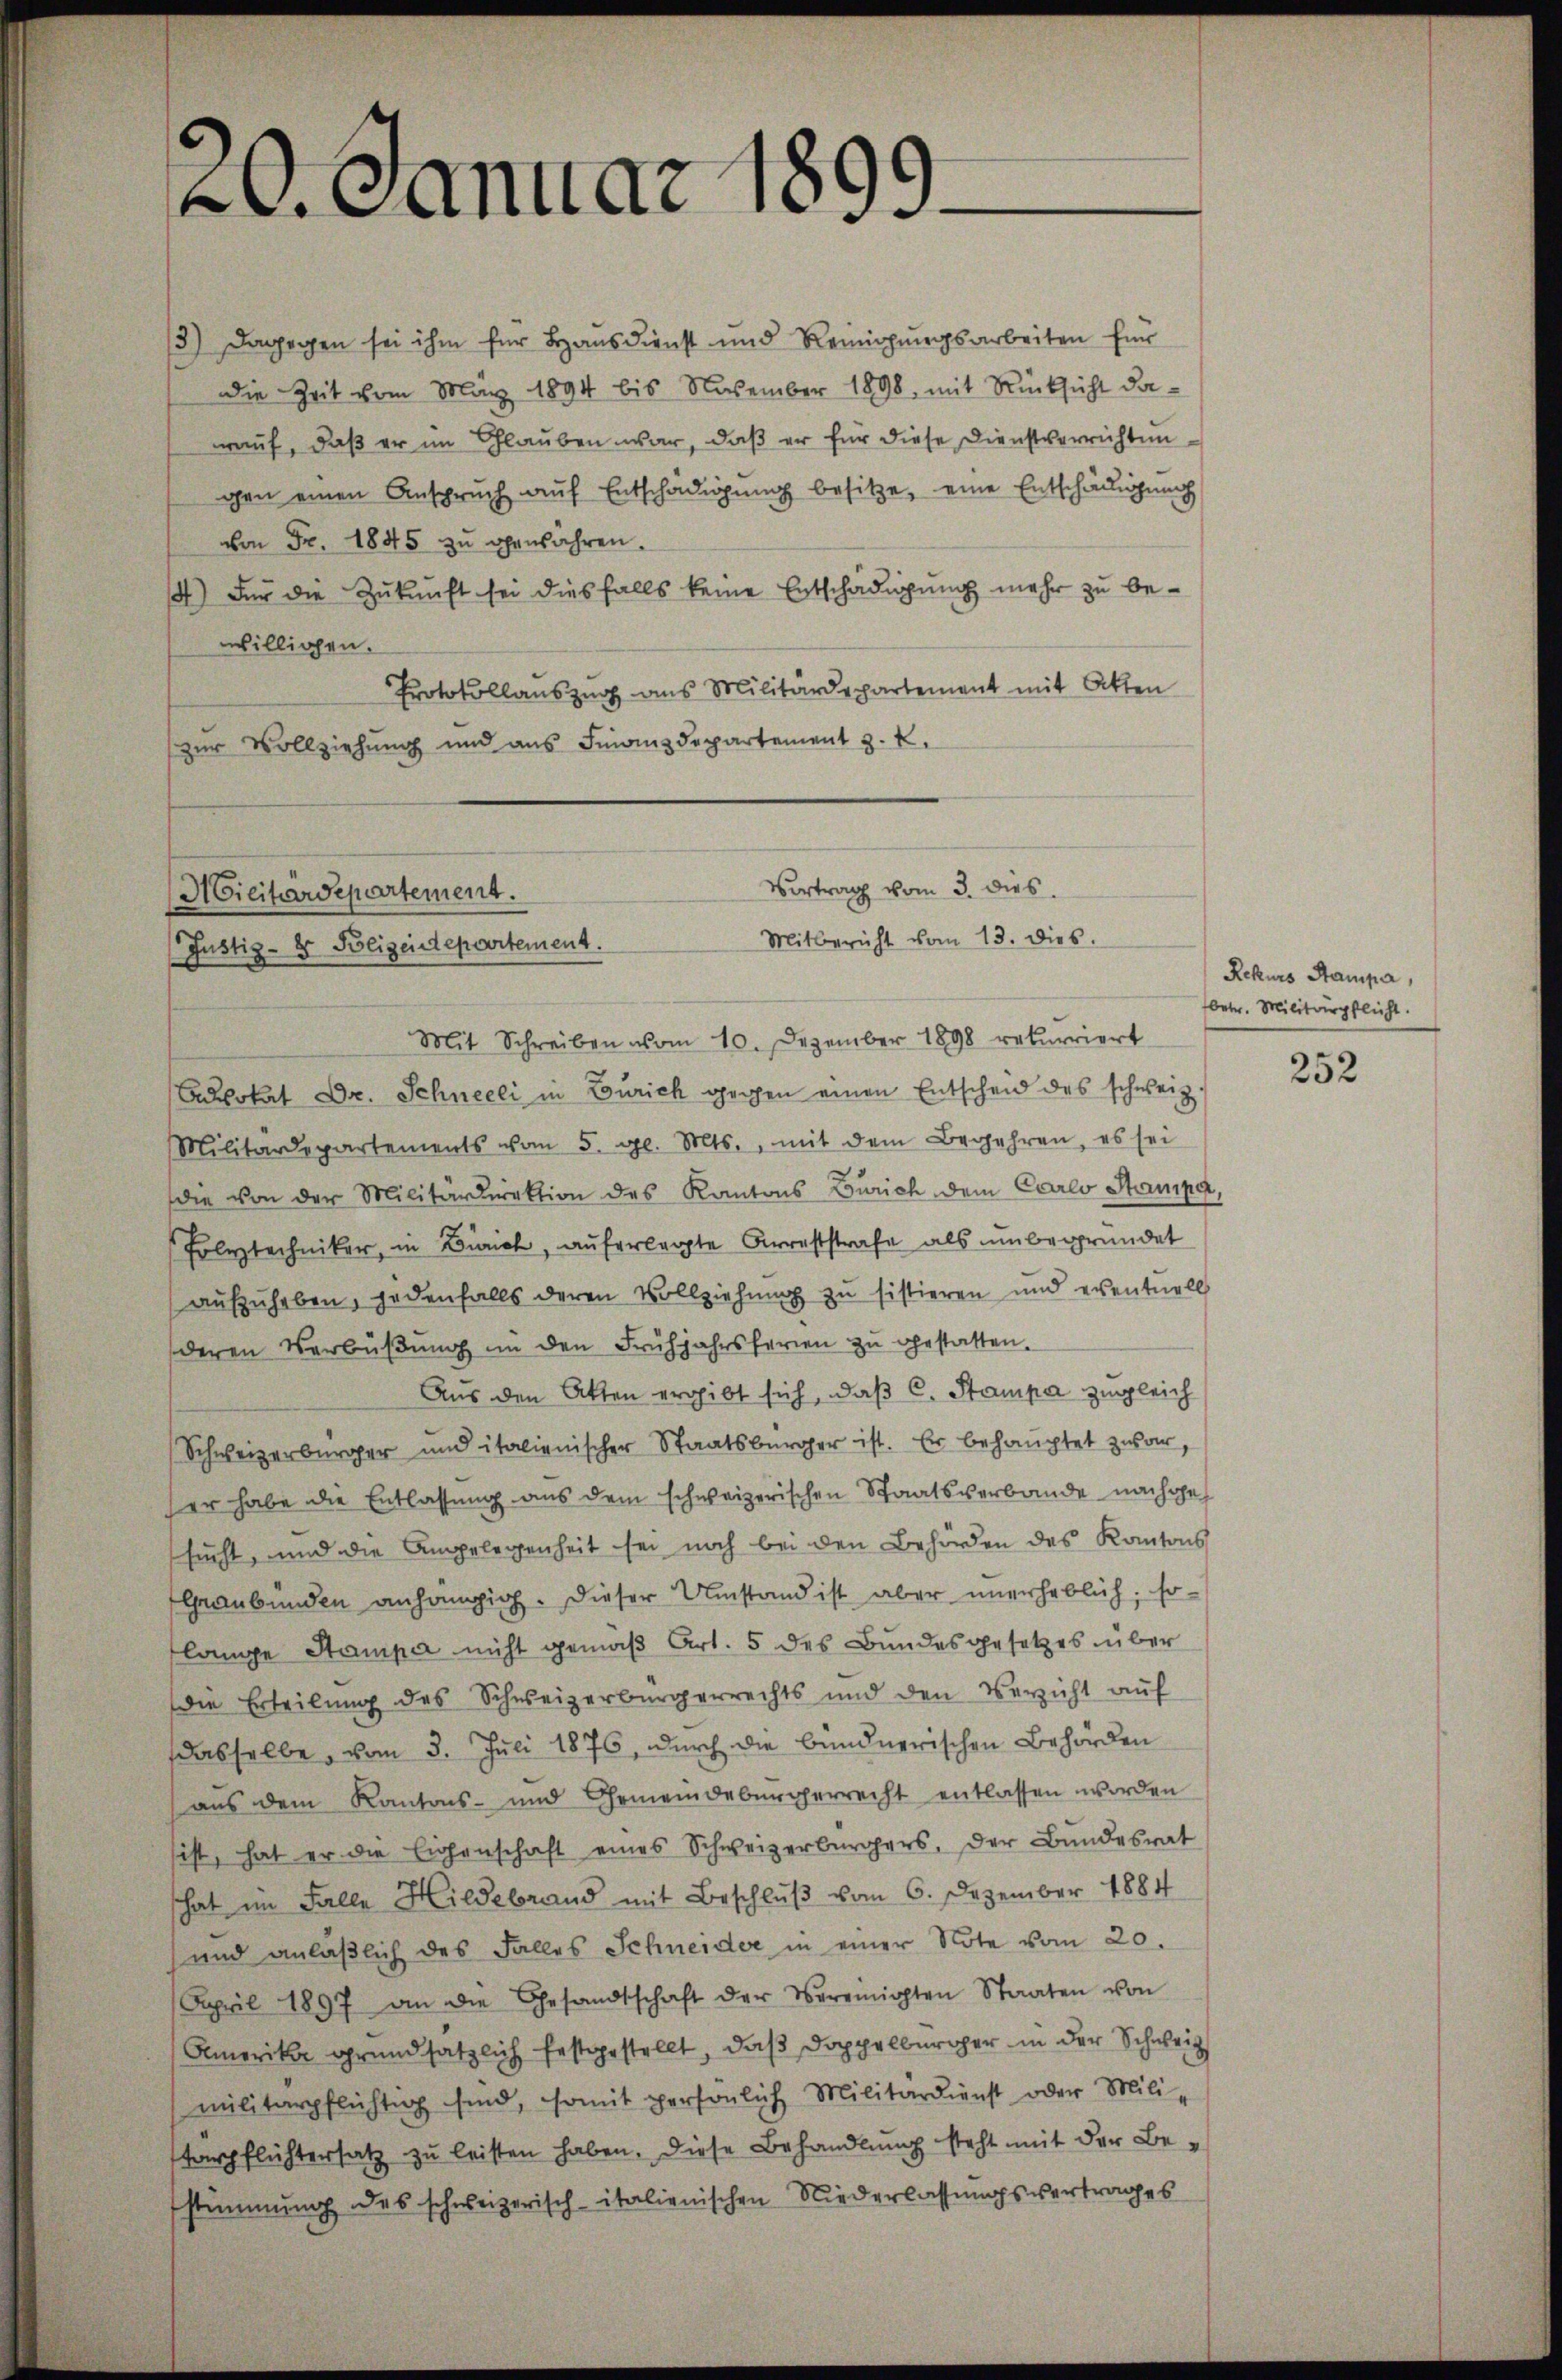
at. Ganuar 1

3.) Dagegen sei ihm für Hausdienst und Remigungsarbeiten für
die Zeit vom März 1894 bis November 1898 mit Rücksicht da-
auf, daß er im Glauben war, daß er für diese Dienstverrichtungen einen Ansprŭch aŭf Entschädigŭng besitze, eine Entschädigung
von Fr. 1845 zu gewähren.
) Für die Zukunft sei diesfalls keine Entschädigung mehr zu bewilligen.
Protokollauszug aus Militärdepartement mit Atten
zur Vollziehung und ans Finanzdepartement z. k.

Micitardepartement.
Justiz- & Polizeidepartement.

Vertrag vom 3. dies
Mitbericht vom 13. dies.

Mit Schreiben vom 10. Dezember 1898 rekurriert
Advokat Dr. Schneeli in Zürich gegen einen Entscheid des schweiz.
Militärdepartements vom 5. gl. Mts., mit dem Begehren, es sei
die von der Militärdirektion des Kantons Zürich dem Carlo Stramper,
Folytechniker, in Zürich, auferlegte Arreststrafe als unbegründet
aufzuheben, jedenfalls deren Vollziehung zu sistieren und eventuell
deren Verbüβŭng in den Frühjahrsferien zŭ gestatten.
Aus den Akten ergibt sich, daß C. Stampa zugleich
Schweizerbürger und italienischer Staatsbürger ist. Er behauptet zwar,
er habe die Entlassung aus dem schweizerischen Staatsverbande nachgesucht, und die Angelegenheit sei noch bei den Behörden des Kantons
Graubünden anhängig. Dieser Umstand ist aber unerheblich, so-
lange Stamper nicht gemäß Art. 5 des Bundesgesetzes über
die Erteilung des Schweizerbürgerrechts und den Verzicht auf
dasselbe, vom 3. Juli 1876, durch die bundnerischen Behörden
aus dem Kantons- und Gemeindebürgerrecht entlassen worden
ist, hat er die Eigenschaft eines Schweizerbürgers, der Bundesrat
hat im Falle Hildebrand mit Beschluß vom 6. Dezember 1884
und anläβlich des Falles Schneider in einer Note vom 20.
Aapril 1897 an die Gesandtschaft der Vereinigten Staaten von
Amerikar grundsätzlich festgestellt, daß Doppelburger in der Schweiz
militärpflichtig sind, somit persönlich Militärdienst oder Mili-
terpflichtersatz zu leisten haben. Diese Behandlung steht mit der Bestimmung des schweizerisch-italienischen Niederlassungsvertrages

Rekurs Stampa,
betr. Militärpflicht.

252